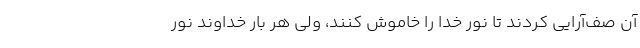
آن صف‌آرایی کردند تا نور خدا را خاموش کنند، ولی هر بار خداوند نور